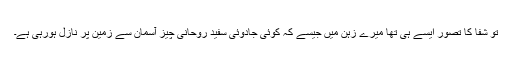
تو شفا کا تصور ایسے ہی تھا میرے زہن میں جیسے کہ کوئی جادوئی سفید روحانی چیز آسمان سے زمین پر نازل ہورہی ہے۔